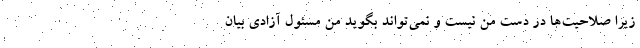
زیرا صلاحیت‌ها در دست من نیست و نمی‌تواند بگوید من مسئول آزادی بیان